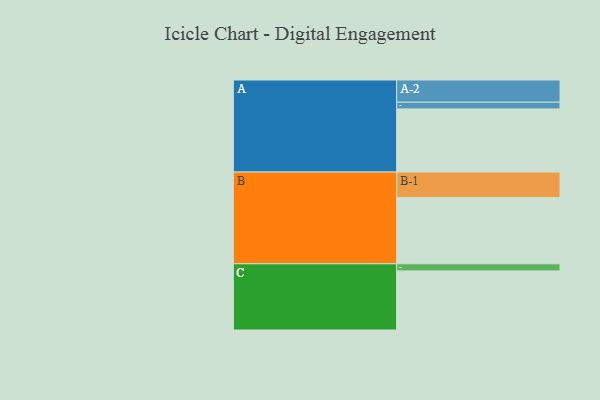
{"axis": {"x": "Segment", "y": "Value"}, "legend": ["", "A", "B", "C"], "data": [{"x": "A", "y": 557, "type": ""}, {"x": "B", "y": 584, "type": ""}, {"x": "C", "y": 521, "type": ""}, {"x": "A-1", "y": 59, "type": "A"}, {"x": "A-2", "y": 196, "type": "A"}, {"x": "B-1", "y": 225, "type": "B"}, {"x": "C-1", "y": 63, "type": "C"}]}